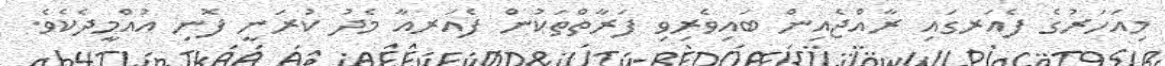
މިއަހަރުގެ ފެއަރގައި ރާއްޖެއިން ބައިވެރިވި ފަރާތްތަކުން ފެއަރއާ މެދު ކުރަނީ ފޮނި އުއްމީދެކެވެ.